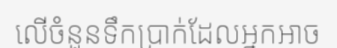
លើចំនួនទឹកប្រាក់ដែលអ្នកអាច